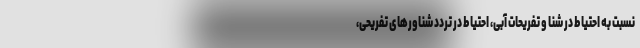
نسبت به احتیاط در شنا و تفریحات آبی، احتیاط در تردد شناورهای تفریحی،